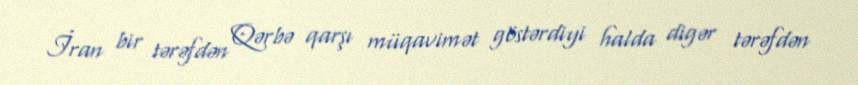
İran bir tərəfdən Qərbə qarşı müqavimət göstərdiyi halda digər tərəfdən